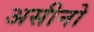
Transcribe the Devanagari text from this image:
असीनो